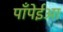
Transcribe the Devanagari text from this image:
पाँपेईआ